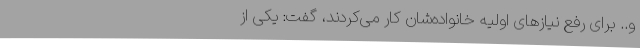
و.. برای رفع نیازهای اولیه خانواده‌شان کار می‌کردند، گفت: یکی از